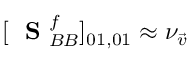
[ \mathrm { ~ \bf ~ S ~ } _ { B B } ^ { f } ] _ { 0 1 , 0 1 } \approx \nu _ { \vec { v } }